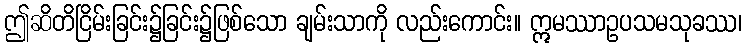
ဤဆိတိငြိမ်းခြင်း၌ခြင်း၌ဖြစ်သော ချမ်းသာကို လည်းကောင်း။ ဣမဿာဥပသမသုခဿ၊